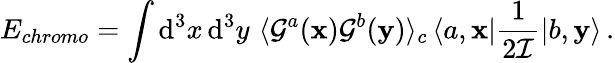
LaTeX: E_{chromo}=\int\mathrm{d}^{3}x\, \mathrm{d}^{3}y\, \, \langle{\cal G}^{a}({\mathbf x}){\cal G}^{b}({\mathbf y})\rangle_{c}\, \langle a,{\mathbf x}|\frac{1}{2{\cal I}}|b,{\mathbf y}\rangle\, .